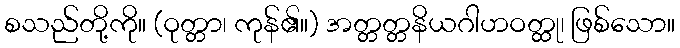
စသည်တို့ကို။ (ဝုတ္တာ၊ ကုန်၏။) အတ္တတ္တနိယဂါဟဝတ္ထု၊ ဖြစ်သော။